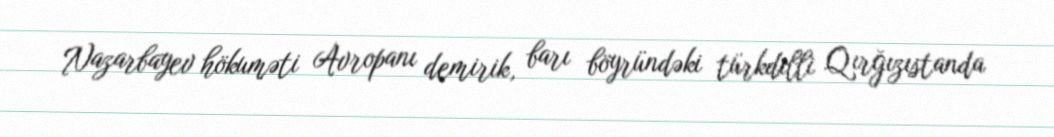
Nazarbayev hökuməti Avropanı demirik, barı böyründəki türkdilli Qırğızıstanda